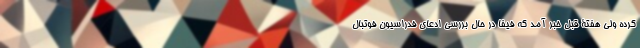
کرده ولی هفتۀ قبل خبر آمد که فیفا در حال بررسی ادعای فدراسیون فوتبال